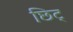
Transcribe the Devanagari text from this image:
छिट्